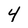
Character: 4